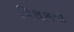
ચિરાગની